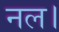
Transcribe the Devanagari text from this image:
नल।